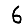
Digit: 6